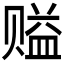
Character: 𰷪